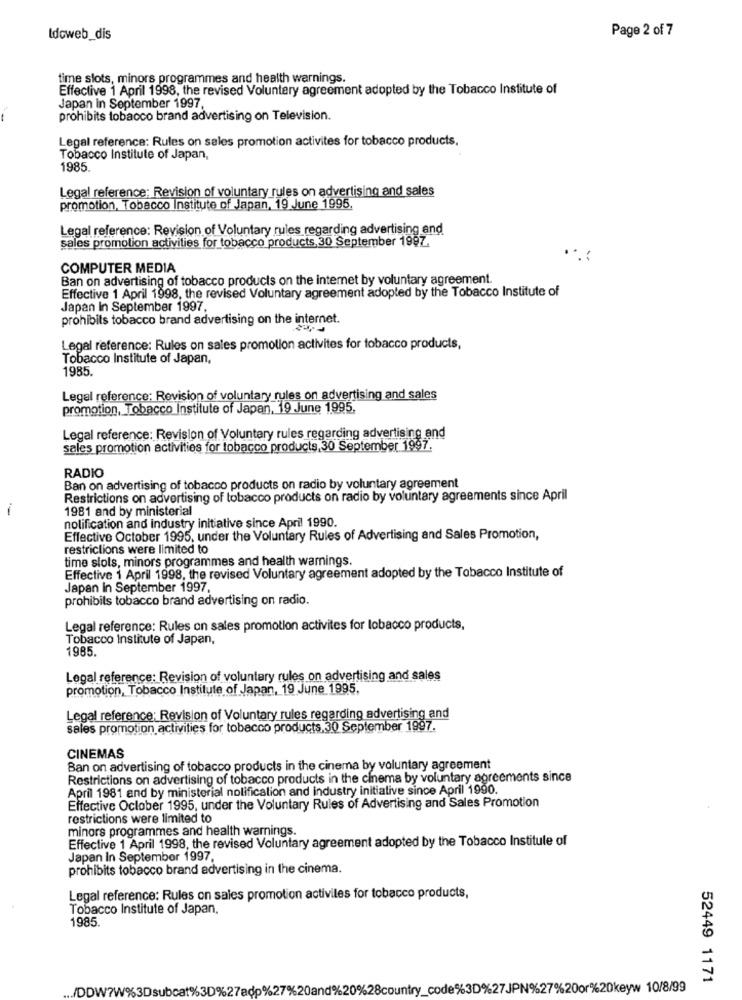
Page 2 of 7
Idoweb_dis
time slots, minors programmes and health warnings.
Effective 1 April 1998, the revised Voluntery agreement adopted by the Tobacco Institute of
Japan in September 1997,
prohibits tobacco brand advertising on Television.
Legal reference: Rules on sales promotion activites for tobacco products.
Tobacco Institute of Japan,
1985.
Legal reference: Revision of voluntary rules on advertising and sales
promotion, Tobacco Institute of Japan, 19 June 1995.
Legal reference: Revision of Voluntary rules regarding advertising and
sales promotion activities for tobacco products,30 September 1997.
COMPUTER MEDIA
Ban on advertising of tobacco products on the internet by voluntary agreement
Effective 1 April 1998, the revised Voluntary agreement adopted by the Tobacco Institute of
Japan In September 1997.
prohibits tobacco brand advertising on the internet.
Legal reference: Rules on sales promotion activites for tobacco products,
Tobacco Institute of Japan,
1985.
Legal reference: Revision of voluntary rules on advertising and sales
promotion, Tobacco Institute of Japan, 19 June 1995,
Legal reference: Revision of Voluntary rules regarding advertising and
sales promotion activities for tobacco products, 30 September 1997.
RADIO
Ban on advertising of tobacco products on radio by voluntary agreement
Restrictions on advertising of tobacco products on radio by voluntary agreements since April
-
1981 and by ministerial
nolification and industry initiative since April 1990.
Effective October 1995, under the Voluntary Rules of Advertising and Sales Promotion,
restrictions were limited to
time slots, minors programmes and health warnings.
Effective 1 April 1998, the revised Voluntary agreement adopted by the Tobacco Institute of
Japan in September 1997,
prohibits tobacco brand advertising on radio.
Legal reference: Rules on sales promotion activites for lobacco products,
Tobacco Institute of Japan,
1985.
Legal reference: Revision of voluntary rules on advertising and sales
promotion, Tobacco Institute of Japan, 19 June 1995.
Legal reference: Revision of Voluntary rules regarding advertising and
sales promotion activities for tobacco products.30 September 1997.
CINEMAS
Ban on advertising of tobacco products in the cinema by voluntary agreement
Restrictions on advertising of tobacco products in the cinema by voluntary agreements since
April 1981 and by ministerial nolification and industry initiative since April 1990.
Effective October 1995, under the Voluntary Rules of Advertising and Sales Promotion
restrictions were limited to
minors programmes and health warnings.
Effective 1 April 1998, the revised Voluntary agreement adopted by the Tobacco Institule of
Japan In September 1997,
prohibits tobacco brand advertising in the cinema.
Legal reference: Rules on sales promotion activiles for tobacco products,
Tobacco Institute of Japan.
1985.
52449 1171
/DDW?W%3Dsubcat%3D%27adp%27%20and%20%28country_code%3D%27JPN%27%20or%20keyw 10/8/99